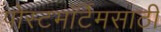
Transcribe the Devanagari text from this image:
पोस्टमॉर्टेमसाठी